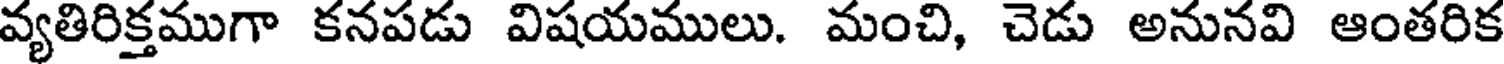
వ్యతిరిక్తముగా కనపడు విషయములు. మంచి, చెడు అనునవి ఆంతరిక